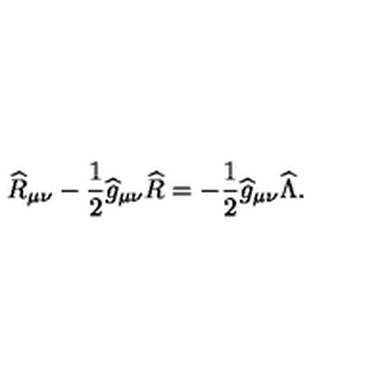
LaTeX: { \widehat R } _ { \mu \nu } - { \frac { 1 } { 2 } } { \widehat g } _ { \mu \nu } { \widehat R } = - { \frac { 1 } { 2 } } { \widehat g } _ { \mu \nu } { \widehat \Lambda } .